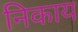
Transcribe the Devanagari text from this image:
निकाय